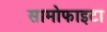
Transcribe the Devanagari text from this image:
सामोफाइटा